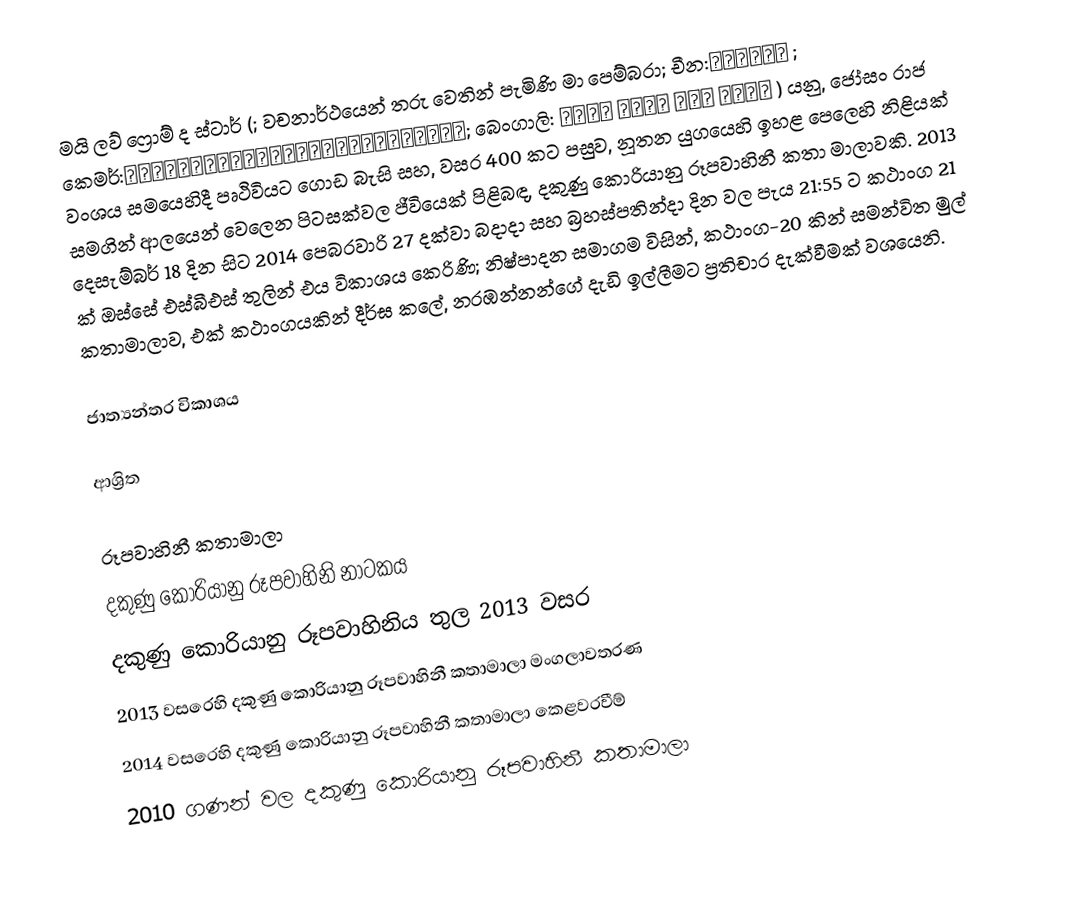
මයි ලව් ෆ්‍රොම් ද ස්ටාර් (; වචනාර්ථයෙන්  තරු වෙතින් පැමිණි මා පෙම්බරා; චීන:来自星星的你 ; කෙමර්:សង្សារខ្ញុំជាមនុស្សភពផ្កាយ; බෙංගාලි: তারা থেকে এলে তুমি  ) යනු, ජෝසං රාජ වංශය සමයෙහිදී පෘථිවියට ගොඩ බැසි  සහ, වසර 400 කට පසුව, නූතන යුගයෙහි ඉහළ පෙලෙහි නිළියක් සමගින් ආලයෙන් වෙලෙන පිටසක්වල ජීවියෙක් පිළිබඳ,  දකුණු කොරියානු රූපවාහිනී කතා මාලාවකි. 2013 දෙසැම්බර් 18 දින සිට  2014 පෙබරවාරි 27 දක්වා බදාදා සහ බ්‍රහස්පතින්දා දින වල  පැය 21:55 ට කථාංග 21 ක් ඔස්සේ එස්බීඑස් තුලින් එය විකාශය කෙරිණි; නිෂ්පාදන සමාගම විසින්, කථාංග-20 කින් සමන්විත  මුල් කතාමාලාව, එක් කථාංගයකින් දීර්ඝ කලේ, නරඹන්නන්ගේ දැඩි ඉල්ලීමට ප්‍රතිචාර දැක්වීමක් වශයෙනි.

ජාත්‍යන්තර විකාශය

ආශ්‍රිත

රූපවාහිනී කතාමාලා
දකුණු කොරියානු රූපවාහිනි නාටකය
දකුණු කොරියානු රූපවාහිනිය තුල 2013 වසර
2013 වසරෙහි දකුණු කොරියානු රූපවාහිනී කතාමාලා මංගලාවතරණ
2014 වසරෙහි දකුණු කොරියානු රූපවාහිනී කතාමාලා කෙළවරවීම්
2010 ගණන් වල  දකුණු කොරියානු රූපවාහිනී කතාමාලා